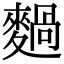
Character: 𪍌